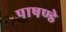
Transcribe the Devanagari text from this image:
पाषण्डे